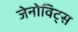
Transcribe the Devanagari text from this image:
जेनोविट्स